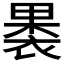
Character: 𮖐